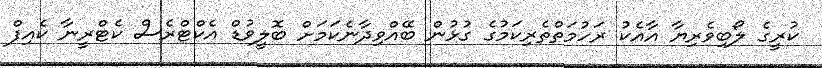
ކުރީގެ ލޯބިވެރިޔާ އާއެކު ރަހުމަތްތެރިކަމުގެ ގުޅުން ބޭއްވިދާނެކަމަށް ބޮލީވުޑް އެކްޓްރެސް ކެޓްރީނާ ކެއިފް